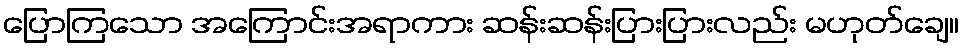
ပြောကြသော အကြောင်းအရာကား ဆန်းဆန်းပြားပြားလည်း မဟုတ်ချေ။